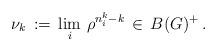
LaTeX: \begin{align*}\nu_k \,:=\, \lim_i\,\rho^{n_i^k - k}\, \in\, B(G)^+\,.\end{align*}